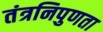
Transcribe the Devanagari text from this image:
तंत्रनिपुणता